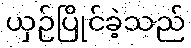
ယှဉ်ပြိုင်ခဲ့သည်